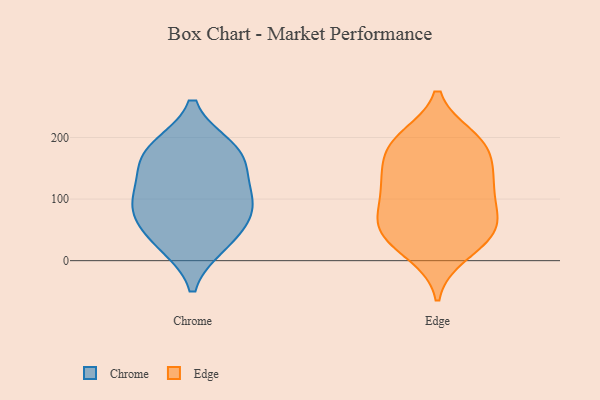
{"axis": {"x": "Energy Usage (MWh)", "y": "Value"}, "legend": ["Chrome", "Edge"], "data": [{"x": "", "y": 27, "type": "Chrome"}, {"x": "", "y": 102, "type": "Chrome"}, {"x": "", "y": 87, "type": "Chrome"}, {"x": "", "y": 166, "type": "Chrome"}, {"x": "", "y": 33, "type": "Chrome"}, {"x": "", "y": 183, "type": "Chrome"}, {"x": "", "y": 181, "type": "Chrome"}, {"x": "", "y": 96, "type": "Chrome"}, {"x": "", "y": 69, "type": "Chrome"}, {"x": "", "y": 144, "type": "Chrome"}, {"x": "", "y": 69, "type": "Edge"}, {"x": "", "y": 151, "type": "Edge"}, {"x": "", "y": 97, "type": "Edge"}, {"x": "", "y": 114, "type": "Edge"}, {"x": "", "y": 54, "type": "Edge"}, {"x": "", "y": 183, "type": "Edge"}, {"x": "", "y": 123, "type": "Edge"}, {"x": "", "y": 18, "type": "Edge"}, {"x": "", "y": 179, "type": "Edge"}, {"x": "", "y": 134, "type": "Edge"}, {"x": "", "y": 72, "type": "Edge"}, {"x": "", "y": 52, "type": "Edge"}, {"x": "", "y": 10, "type": "Edge"}, {"x": "", "y": 132, "type": "Edge"}, {"x": "", "y": 199, "type": "Edge"}, {"x": "", "y": 192, "type": "Edge"}, {"x": "", "y": 41, "type": "Edge"}, {"x": "", "y": 200, "type": "Edge"}, {"x": "", "y": 50, "type": "Edge"}]}